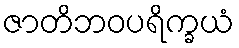
ဇာတိဘဝပရိက္ခယံ